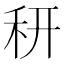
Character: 䄯